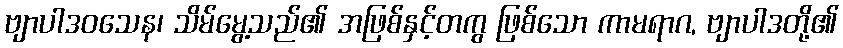
ဗျာပါဒဝသေန၊ သိမ်မွေ့သည်၏ အဖြစ်နှင့်တကွ ဖြစ်သော ကာမရာဂ, ဗျာပါဒတို့၏